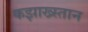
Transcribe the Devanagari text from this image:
कझाख्स्तान